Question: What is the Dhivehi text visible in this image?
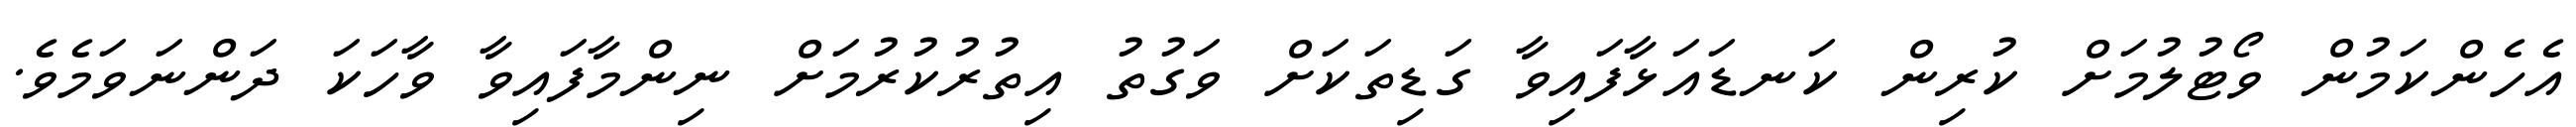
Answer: އެހެންކަމުން ވޯޓުލުމަށް ކުރިން ކަނޑައަޅާފައިވާ ގަޑިތަކަށް ވަގުތު އިތުރުކުރުމަށް ނިންމާފައިވާ ވާހަކަ ދަންނަވަމެވެ.